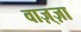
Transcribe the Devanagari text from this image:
वाज़्ज़ा